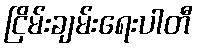
ငြိမ်းချမ်းရေးပါတီ